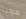
مرحبا